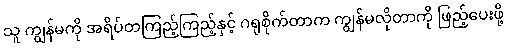
သူ ကျွန်မကို အရိပ်တကြည့်ကြည့်နှင့် ဂရုစိုက်တာက ကျွန်မလိုတာကို ဖြည့်ပေးဖို့